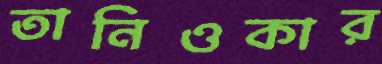
তানিওকার